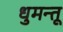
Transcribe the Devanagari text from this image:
धुमन्तू